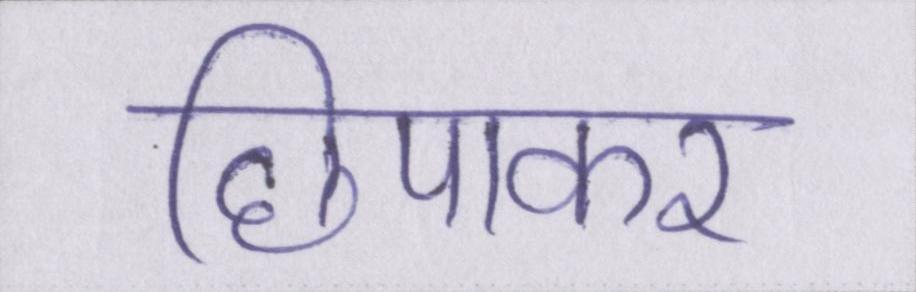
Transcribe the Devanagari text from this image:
छिपाकर